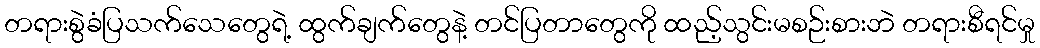
တရားစွဲခံပြသက်သေတွေရဲ့ ထွက်ချက်တွေနဲ့ တင်ပြတာတွေကို ထည့်သွင်းမစဉ်းစားဘဲ တရားစီရင်မှု